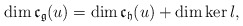
\begin{align*}\dim\mathfrak{c}_\mathfrak{g}(u)=\dim \mathfrak{c}_\mathfrak{h}(u)+\dim \ker l,\end{align*}